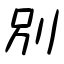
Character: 別